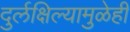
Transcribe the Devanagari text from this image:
दुर्लक्षिल्यामुळेही